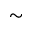
\sim